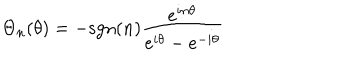
{ \Theta } _ { n } ( \theta ) = - \mathrm { s g n } ( n ) \frac { e ^ { i n { \theta } } } { e ^ { i { \theta } } - e ^ { - i { \theta } } }